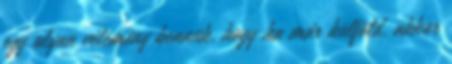
egy olyan vélemény bennük, hogy ha már külföld, akkor